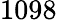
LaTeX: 1098